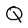
Character: Q